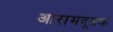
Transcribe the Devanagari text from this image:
आरामदूसक